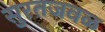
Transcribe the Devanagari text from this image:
सुरतजवळ